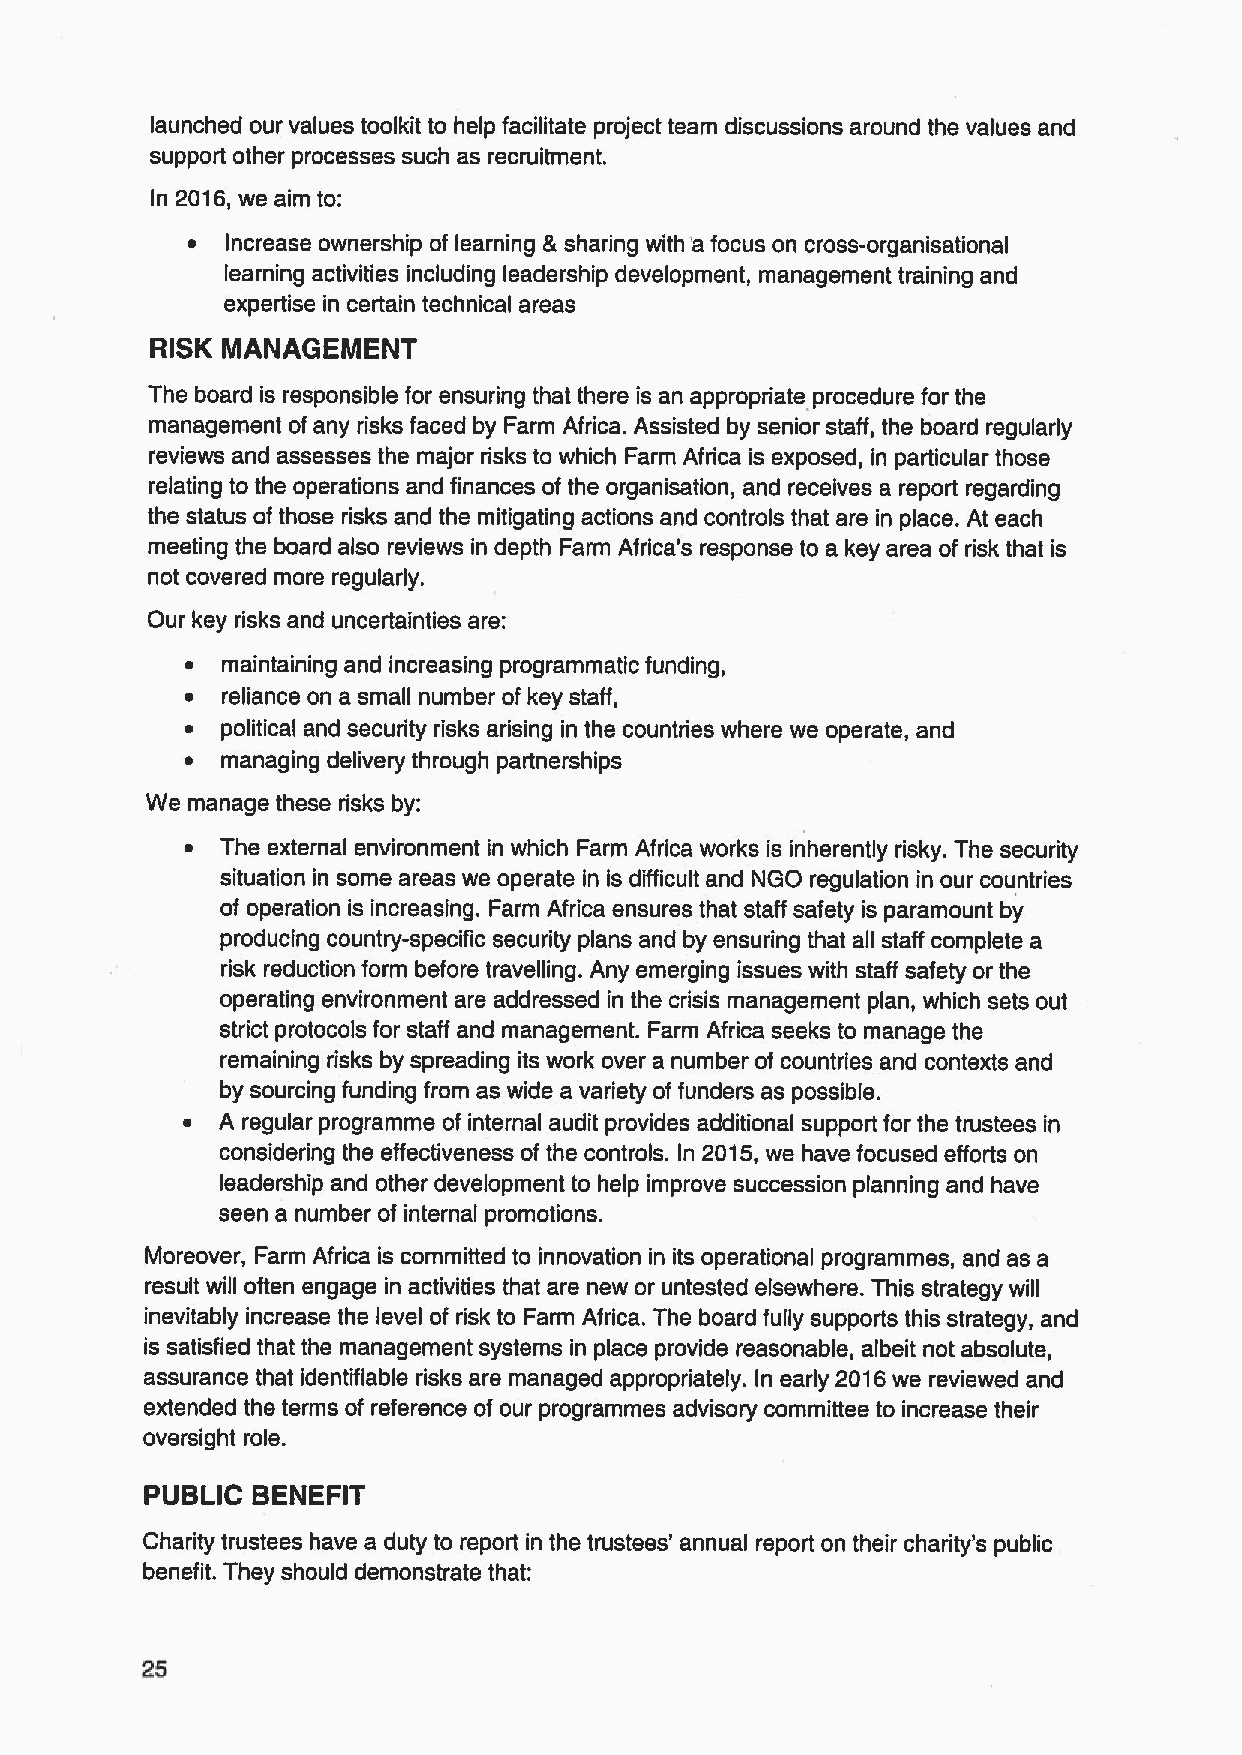
launched our values toolkit to help facilitate project team discussions around the values and
 support other processes such as recruitment.
 In 2016,we aim to:
 ~  Increase ownership of learning &sharing with 'a focus on cross-organisational
 learning activities including leadership development, management training and
 expertise in certain technical areas
 RISK MANAGEMENT
 The board is responsible for ensuring that there is an appropriate procedure for the
 management ofany risks faced by Farm Africa. Assisted by senior staff, the board regularly
 reviews and assesses the major risks to which Farm Africa is exposed, in particular those
 relating to the operations and finances of the organisation, and receives a report regarding
 the status of those risks and the mitigating actions and controls that are in place. At each
 meeting the board also reviews in depth Farm Africa's response to a key area of risk that is
 not covered more regularly.
 Our key risks and uncertainties are:
 ~  maintaining and increasing programmatic funding,
 ~  reliance on a small number of key staff,
 ~  political and security risks arising in the countries where we operate, and
 ~  managing delivery through partnerships
 We manage these risks by:
 ~  The external environment in which Farm Africa works is inherently risky. The security
 situation in some areas we operate in is difficult and NGO regulation in our countries
 of operation is increasing. Farm Africa ensures that staff safety is paramount by
 producing country-specific security plans and by ensuring that all staff complete a
 risk reduction form before travelling. Any emerging issues with staff safety or the
 operating environment are addressed in the crisis management plan, which sets out
 strict protocols for staff and management. Farm Africa seeks to manage the
 remaining risks by spreading its work over a number of countries and contexts and
 by sourcing funding from as wide a variety of funders as possible.
 ~ A regular programme of internal audit provides additional support for the trustees in
 considering the effectiveness of the controls. In 2015,we have focused efforts on
 leadership and other development to help improve succession planning and have
 seen a number of internal promotions.
 Moreover, Farm Africa is committed to innovation in its operational programmes, and as a
 result will often engage in activities that are new or untested elsewhere. This strategy will
 inevitably increase the level of risk to Farm Africa. The board fully supports this strategy, and
 is satisfied that the management systems in place provide reasonable, albeit not absolute,
 assurance that identifiable risks are managed appropriately. In early 2016we reviewed and
 extended the terms of reference of our programmes advisory committee to increase their
 oversight role.
 PUBLIC BENEFIT
 Chadty trustees have a duty to report in the trustees' annual report on their chadty's public
 benefit. They should demonstrate that:
 25